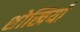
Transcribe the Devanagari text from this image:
शोखियाँ